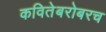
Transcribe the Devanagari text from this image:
कवितेबरोबरच